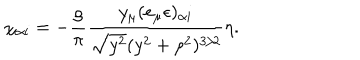
LaTeX: \chi _ { \alpha i } = - \frac { \rho } { \pi } \frac { y _ { \mu } ( e _ { \mu } \epsilon ) _ { \alpha i } } { \sqrt { y ^ { 2 } } ( y ^ { 2 } + \rho ^ { 2 } ) ^ { 3 / 2 } } \eta .